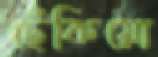
ছেঁকিয়ো